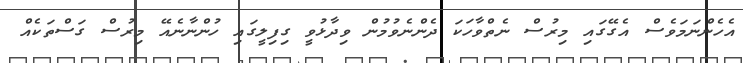
އެހެންނަމަވެސް އެގޭގައި މިރުސް ނެތްވާހަކަ ދެންނެވުމުން ވިދާޅުވީ ގިފިލީގައި ހުންނާނެއޭ މިރުސް ގަސްތަކެއް